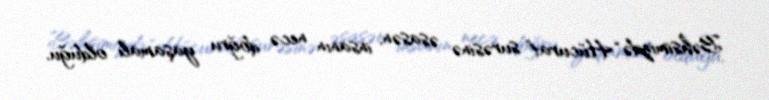
Bəhsimizdə “Hücurat” surəsinə əsasən, insanın necə doğru yaşamalı olduğu,